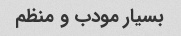
بسیار مودب و منظم